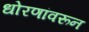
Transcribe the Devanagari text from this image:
धोरणांवरून